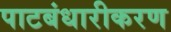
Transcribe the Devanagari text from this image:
पाटबंधारीकरण